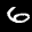
Label: 6